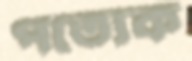
পত্যেক